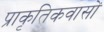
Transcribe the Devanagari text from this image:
प्राकृतिकवासों